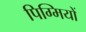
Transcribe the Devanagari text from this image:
पिग्मियों